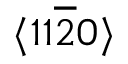
\langle 1 1 \overline { { 2 } } 0 \rangle